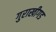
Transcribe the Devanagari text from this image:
गुराखीगड